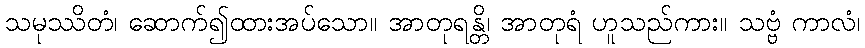
သမုဿိတံ၊ ဆောက်၍ထားအပ်သော။ အာတုရန္တိ၊ အာတုရံ ဟူသည်ကား။ သဗ္ဗံ ကာလံ၊